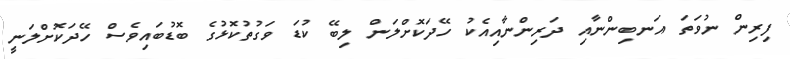
ފިރިން ނުވަތަ އަނބިންނާއި ދަރިންނާއިއެކު ހޭދަކޮށްލަން ލިބޭ ކުޑަ ވަގުތުކޮޅުގެ ބޮޑުބައިވެސް ހޭދަކޮށްލަނީ